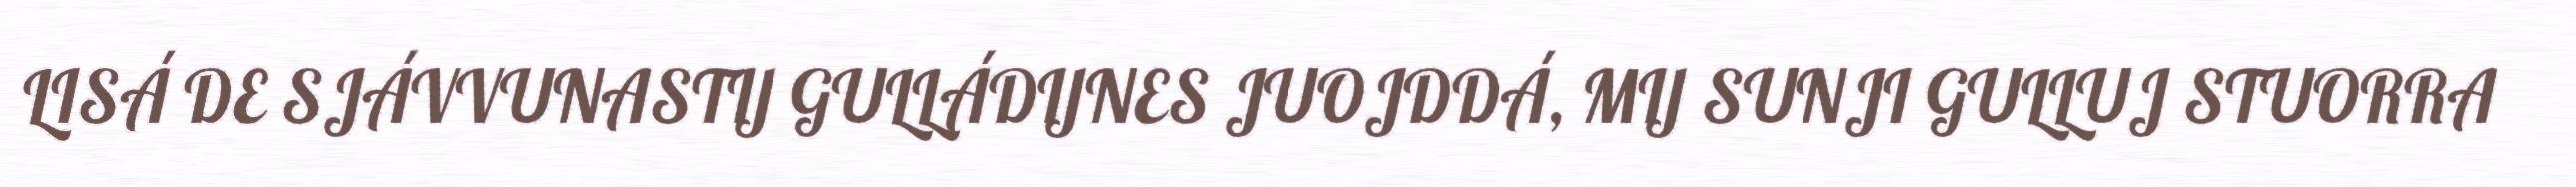
LISÁ DE SJÁVVUNASTIJ GULLÁDIJNES JUOJDDÁ, MIJ SUNJI GULLUJ STUORRA